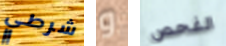
شرطي و الفحص